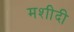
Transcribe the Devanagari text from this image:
मशीदी